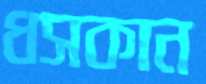
ধসকান